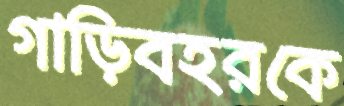
গাড়িবহরকে